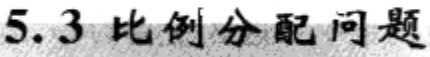
5.3 比例分配问题